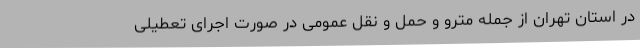
در استان تهران از جمله مترو و حمل و نقل عمومی در صورت اجرای تعطیلی